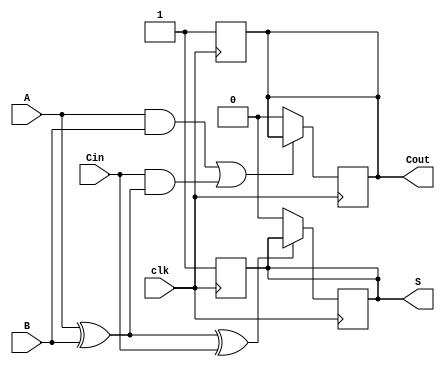
module dynamic_full_adder (
    input wire A,       // First binary input bit
    input wire B,       // Second binary input bit
    input wire Cin,     // Carry input bit
    input wire clk,     // Clock signal for precharge and evaluation phases
    output reg S,       // Sum output
    output reg Cout     // Carry output
);

// Internal signals for evaluation
wire S_temp;
wire Cout_temp;

// Precharge phase: Set outputs to high during precharge
always @(posedge clk) begin
    S <= 1'b1;      // Precharge sum output to 1
    Cout <= 1'b1;   // Precharge carry output to 1
end

// Evaluation phase: Calculate outputs based on A, B, and Cin
always @(negedge clk) begin
    // Calculate temporary outputs
    S_temp = A ^ B ^ Cin; // S = A  B  Cin
    Cout_temp = (A & B) | (Cin & (A ^ B)); // Cout = (A  B) + (Cin  (A  B))
    
    // Discharge outputs based on evaluation
    if (S_temp == 1'b0) begin
        S <= 1'b0; // Discharge S if condition is met
    end
    
    if (Cout_temp == 1'b0) begin
        Cout <= 1'b0; // Discharge Cout if condition is met
    end
end

endmodule